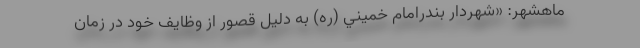
ماهشهر: «شهردار بندرامام خميني (ره) به دليل قصور از وظايف خود در زمان